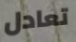
تعادل